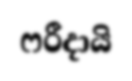
ෆරීදායි